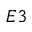
E 3